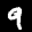
Label: 9